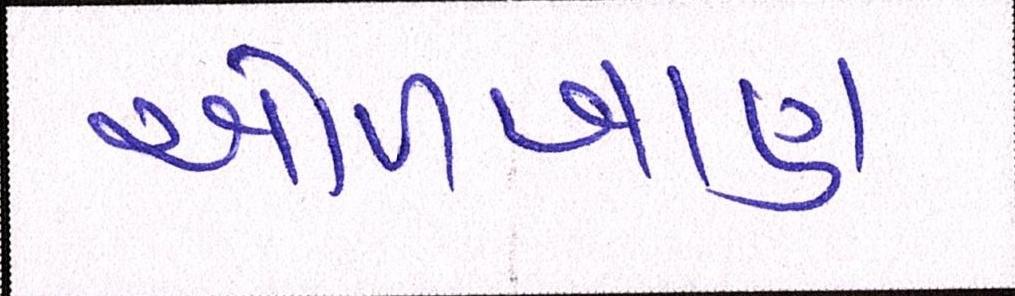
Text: ઓળખાણ